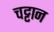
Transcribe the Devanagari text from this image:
चट्ट़ान